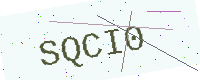
Text: SQCI0